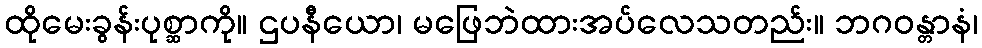
ထိုမေးခွန်းပုစ္ဆာကို။ ဌပနီယော၊ မဖြေဘဲထားအပ်လေသတည်း။ ဘဂဝန္တာနံ၊